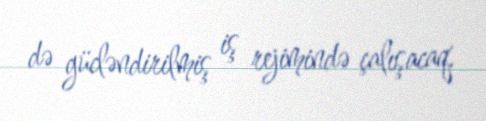
də gücləndirilmiş iş rejimində çalışacaq.